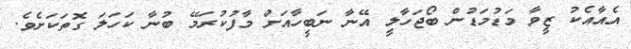
އެއާއެކު ޒީވާ މަޑުމަޑުން ބޯޖަހާލީ އޭނާ ނަބީހާއަށް މާފުކުރަމޭ ބުނާ ކަހަލަ ގޮތަކަށެވެ.